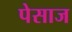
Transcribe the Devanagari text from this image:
पेसाज